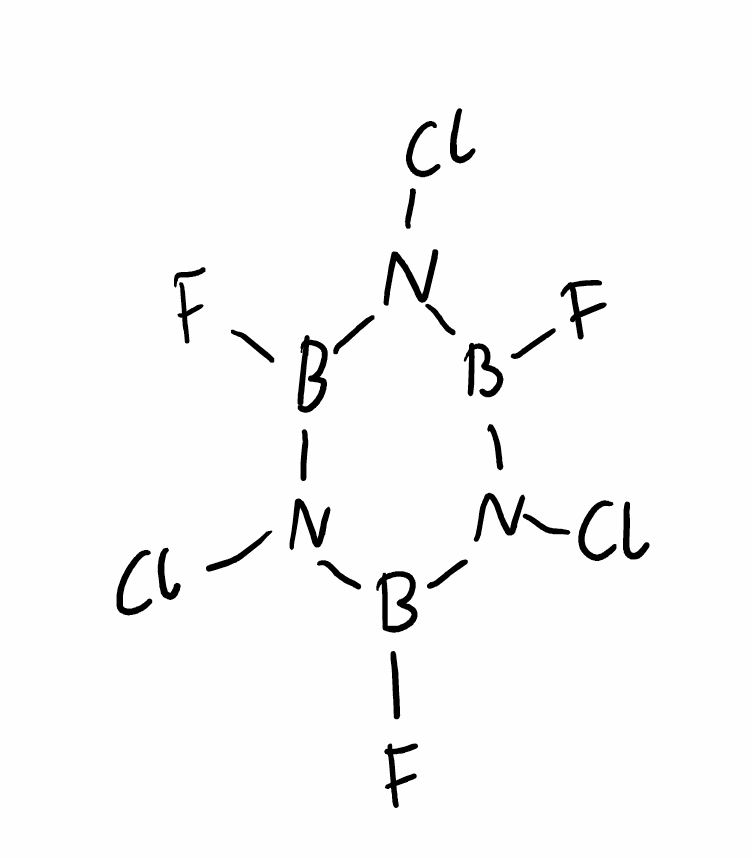
Simplified molecular-input line-entry system (SMILES) notation of the given molecule:
B1(N(B(N(B(N1Cl)F)Cl)F)Cl)F